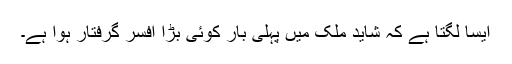
ایسا لگتا ہے کہ شاید ملک میں پہلی بار کوئی بڑا افسر گرفتار ہوا ہے۔